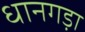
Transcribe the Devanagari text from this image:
धानगड़ा